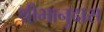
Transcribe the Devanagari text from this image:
श्रीभानुदास